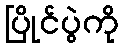
ပြိုင်ပွဲကို